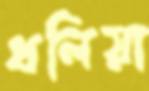
ধলিয়া